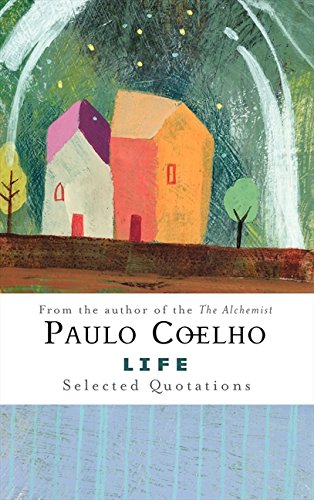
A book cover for Life: Selected Quotations; Paulo Coelho; Reference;